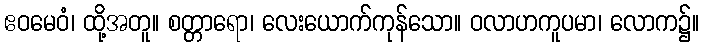
ဧဝမေဝံ၊ ထို့အတူ။ စတ္တာရော၊ လေးယောက်ကုန်သော။ ဝလာဟကူပမာ၊ လောက၌။